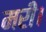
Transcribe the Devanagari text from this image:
मरी।